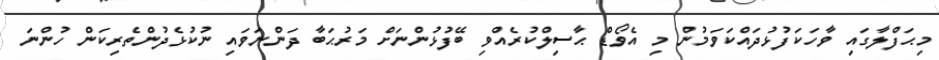
މިޙަފްލާގައި ވާހަކަފުޅުދައްކަވަމުން މި އެވޯޑް ޙާސިލްކުރެއްވި ބޭފުޅުންނަށް މަރުޙަބާ ދަންނަވައި ނުކުޅެދުންތެރިކަން ހުންނަ